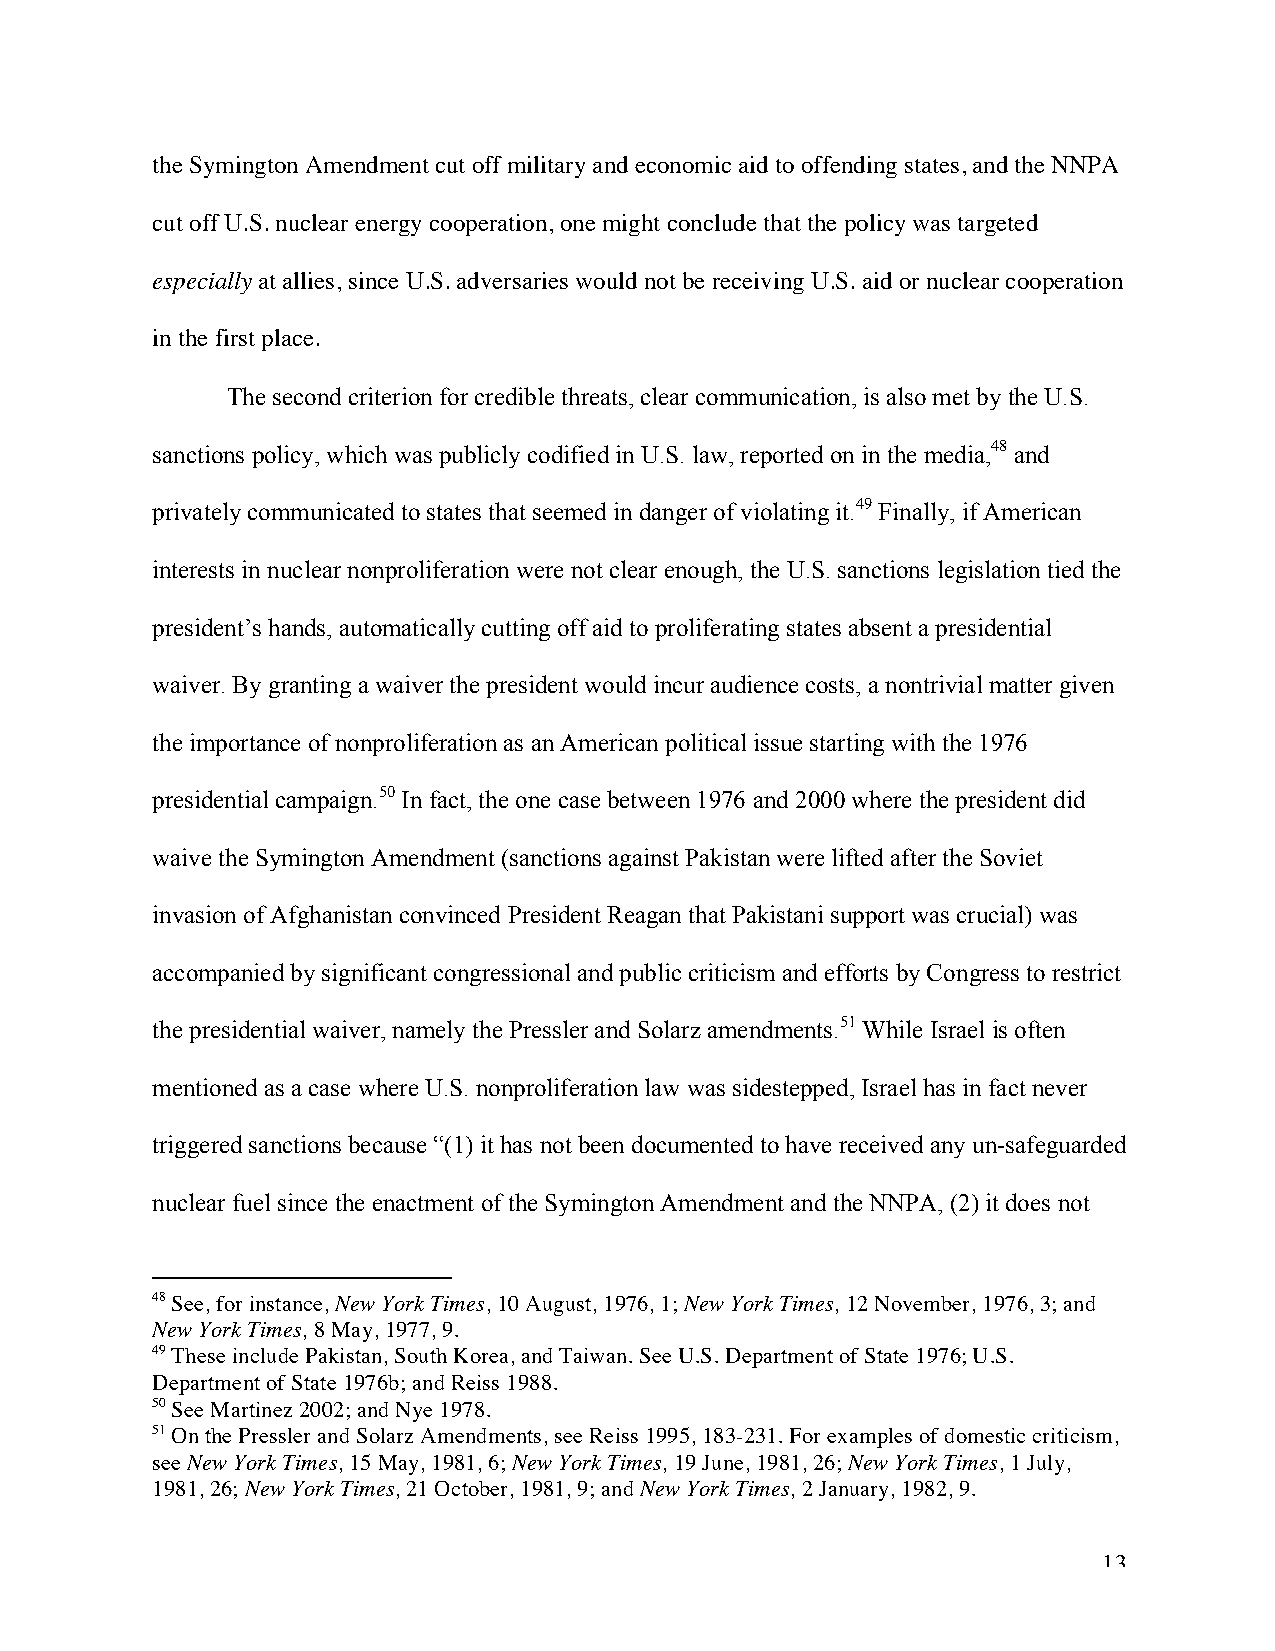
the Symington Amendment cut off military and economic aid to offending states, and the NNPA
 cut off U.S. nuclear energy cooperation, one might conclude that the policy was targeted
 especially at allies, since U.S. adversaries would not be receiving U.S. aid or nuclear cooperation
 in the first place.
 The second criterion for credible threats, clear communication, is also met by the U.S.
 sanctions policy, which was publicly codified in U.S. law, reported on in the media,48 and
 privately communicated to states that seemed in danger of violating it.49 Finally, if American
 interests in nuclear nonproliferation were not clear enough, the U.S. sanctions legislation tied the
 president’s hands, automatically cutting off aid to proliferating states absent a presidential
 waiver. By granting a waiver the president would incur audience costs, a nontrivial matter given
 the importance of nonproliferation as an American political issue starting with the 1976
 presidential campaign.50 In fact, the one case between 1976 and 2000 where the president did
 waive the Symington Amendment (sanctions against Pakistan were lifted after the Soviet
 invasion of Afghanistan convinced President Reagan that Pakistani support was crucial) was
 accompanied by significant congressional and public criticism and efforts by Congress to restrict
 the presidential waiver, namely the Pressler and Solarz amendments.51 While Israel is often
 mentioned as a case where U.S. nonproliferation law was sidestepped, Israel has in fact never
 triggered sanctions because “(1) it has not been documented to have received any un-safeguarded
 nuclear fuel since the enactment of the Symington Amendment and the NNPA, (2) it does not
 48 See, for instance, New York Times, 10 August, 1976, 1; New York Times, 12 November, 1976, 3; and
 New York Times, 8 May, 1977, 9.
 49 These include Pakistan, South Korea, and Taiwan. See U.S. Department of State 1976; U.S.
 Department of State 1976b; and Reiss 1988.
 50 See Martinez 2002; and Nye 1978.
 51 On the Pressler and Solarz Amendments, see Reiss 1995, 183-231. For examples of domestic criticism,
 see New York Times, 15 May, 1981, 6; New York Times, 19 June, 1981, 26; New York Times, 1 July,
 1981, 26; New York Times, 21 October, 1981, 9; and New York Times, 2 January, 1982, 9.
 13